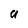
Character: a